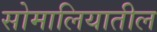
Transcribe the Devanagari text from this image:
सोमालियातील